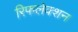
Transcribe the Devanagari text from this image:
रिफलेक्शन